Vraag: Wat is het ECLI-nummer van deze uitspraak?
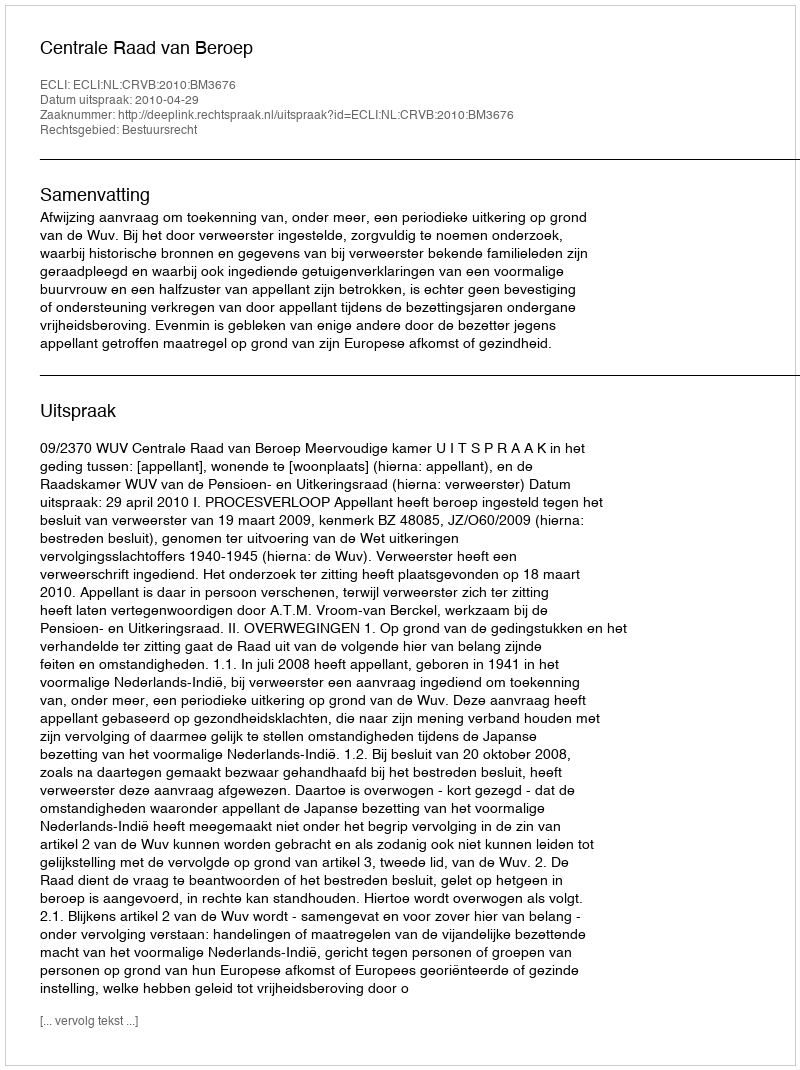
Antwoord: ECLI:NL:CRVB:2010:BM3676